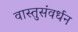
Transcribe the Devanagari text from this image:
वास्तुसंवर्धन